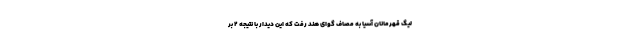
لیگ قهرمانان آسیا به مصاف گوای هند رفت که این دیدار با نتیجه ۲ بر